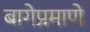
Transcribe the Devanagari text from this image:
बागेप्रमाणे